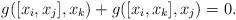
LaTeX: \begin{align*} g([x_{i}, x_{j}],x_{k})+ g([x_{i}, x_{k}],x_{j})=0.\end{align*}